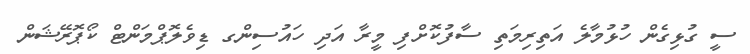
ސީ ގުޅިގެން ހުޅުމާލެ އަތިރިމަތި ސާފުކޮށްފި މީރާ އަދި ހައުސިންގ ޑިވެލޮޕްމަންޓް ކޯޕޮރޭޝަން